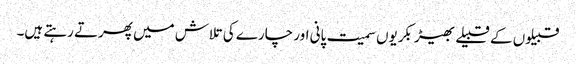
قبیلوں کے قبیلے بھیڑ بکریوں سمیت پانی اور چارے کی تلاش میں پھرتے رہتے ہیں۔